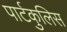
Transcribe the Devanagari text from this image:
पार्टकुलिस